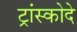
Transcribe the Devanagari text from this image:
ट्रांस्कोदे